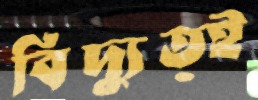
বিদ্যুত্ই